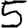
Digit: 5